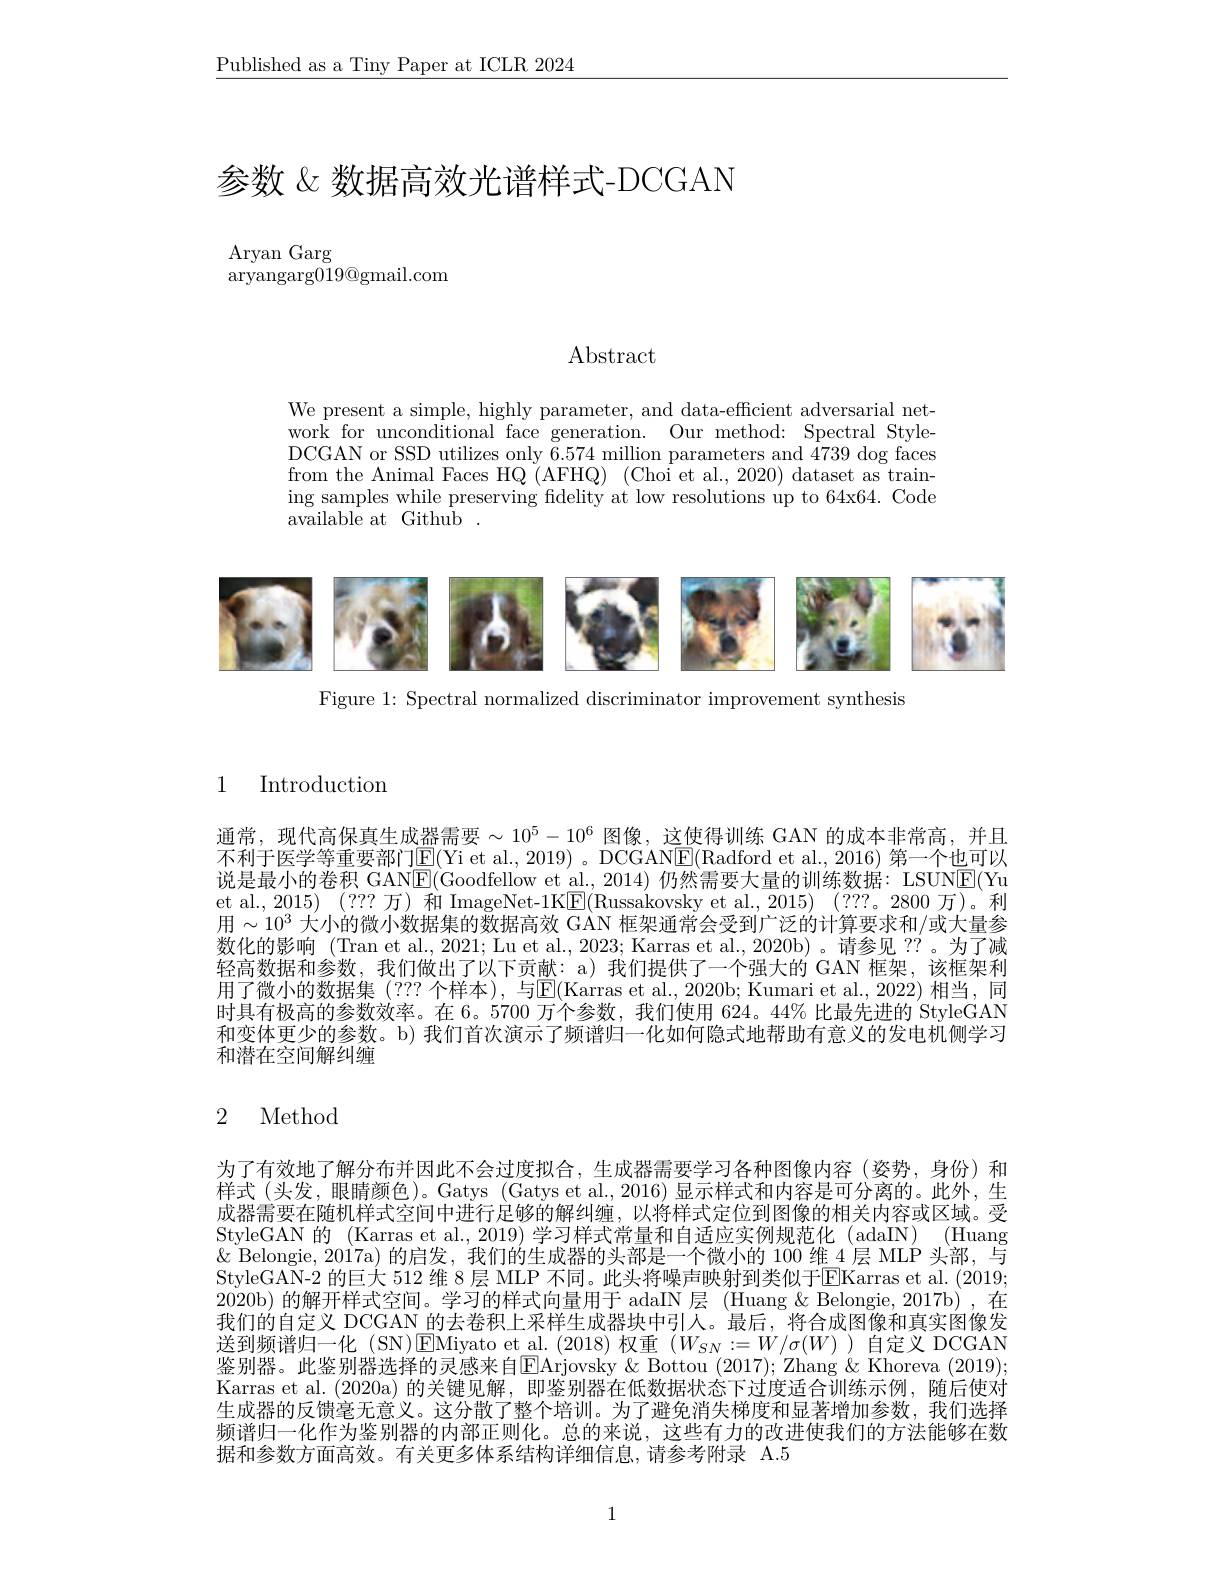
$\underline{\text{Published as a Tiny Paper at ICLR 2024}}$

# 参数 &数据高效光谱样式-DCGAN

$\operatorname{Aryan}$Garg
${\mathrm{aryangarg019@gmail.com}}$

Abstract

We present a simple, highly parameter, and data-efficient adversarial network for unconditional face generation. Our method: Spectral StyleDCGAN or SSD utilizes only 6.574 million parameters and 4739 dog faces from the Animal Faces HQ (AFHQ) (Choi et al., 2020) dataset as training samples while preserving fidelity at low resolutions up to 64x64. Code available at Github

Figure 1: Spectral normalized discriminator improvement synthesis

### 1 Introduction

通常，现代高保真生成器需要$\sim10^5-10^6$ 图像，这使得训练 GAN 的成本非常高，并且不利于医学等重要部门$\underline{\mathrm{E}}($Yi et al., 2019) 。DCGAN$\underline{\mathrm{E}}($Radford et al., 2016) 第一个也可以说是最小的卷积 GANE(Goodfellow et al.,2014)仍然需要大量的训练数据：LSUNE(Yu et al., 2015) (??? 万) 和 ImageNet-1K$\boxed{\mathrm{F}}($Russakovsky et al., 2015) (???。2800 万)。利用$\sim10^3$大小的微小数据集的数据高效 GAN 框架通常会受到广泛的计算要求和/或大量参数化的影响(Tran et al., 2021; Lu et al., 2023; Karras et al., 2020b) 。请参见 ??。为了减轻高数据和参数，我们做出了以下贡献：‘a)我们提供了一个强大的 GAN 框架，该框架利用了微小的数据集 (??? 个样本),与$\boxed{\mathrm{E}}($Karras et al.,2020b; Kumari et al.,2022) 相当，同时具有极高的参数效率。在 6。5700 万个参数，我们使用 624。44% 比最先进的 StyleGAN 和变体更少的参数。b) 我们首次演示了频谱归一化如何隐式地帮助有意义的发电机侧学习和潜在空间解纠缠

## 2 Method

为了有效地了解分布并因此不会过度拟合，生成器需要学习各种图像内容(姿势，身份)和样式 (头发，眼睛颜色)。Gatys (Gatys et al., 2016) 显示样式和内容是可分离的。此外，生成器需要在随机样式空间中进行足够的解纠缠，以将样式定位到图像的相关内容或区域。受StyleGAN 的 (Karras et al., 2019) 学习样式常量和自适应实例规范化 (adaIN) (Huang $\&$ Belongie, 2017a) 的启发，我们的生成器的头部是一个微小的 100 维 4 层 MLP 头部，与StyleGAN-2 的巨大 512 维 8 层 MLP 不同。此头将噪声映射到类似于$\overline{\mathrm{E}}$Karras et al. (2019; 2020b)的解开样式空间。学习的样式向量用于 adaIN 层 (Huang & Belongie, 2017b) ,在我们的自定义 DCGAN 的去卷积上采样生成器块中引人。最后，将合成图像和真实图像发送到频谱归一化 (SN)$\boxed{\mathrm{EMiyato~et~al.~(2018)~}}$权重 $(W_SN:=W/\sigma(W)$ 自定义 DCGAN 鉴别器。此鉴别器选择的灵感来自$\boxed{\mathrm{E}}$Arjovsky & Bottou (2017); Zhang & Khoreva (2019); Karras et al.(2020a)的关键见解，即鉴别器在低数据状态下过度适合训练示例，随后使对生成器的反馈毫无意义。这分散了整个培训。为了避免消失梯度和显著增加参数，我们选择频谱归一化作为鉴别器的内部正则化。总的来说，这些有力的改进使我们的方法能够在数据和参数方面高效。有关更多体系结构详细信息，请参考附录 A.5

1